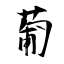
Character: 葡